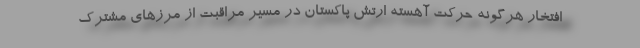
افتخار هرگونه حرکت آهسته ارتش پاکستان در مسیر مراقبت از مرزهای مشترک